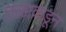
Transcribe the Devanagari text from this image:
तळाकडून